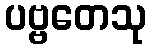
ပဗ္ဗတေသု